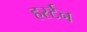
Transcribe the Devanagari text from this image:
हर्स्टन